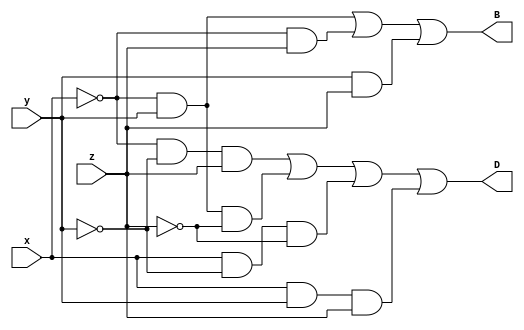
/*
Que-1: A full subtractor has three 1-bit inputs X, Y and Z (previous borrow) and two 1-bit
outputs D (difference) and B (borrow). The logic equations for D and B are as
follows:

D= x'.y'.z + x'.y.z' + x.y'.z' + x.y.z

B= x'.y + x'.z + y.z

Write the full Verilog description for the full subtractor module, including I/O ports
(remember that + in logic equations corresponds to a logical or operator (||) in
dataflow). Instantiate the subtractor inside a stimulus block and test all eight
possible combinations of X, y and Z given in the followingtruthtable.

 x | y | z | D | B
---|---|---|---|---
 0 | 0 | 0 | 0 | 0
 0 | 0 | 1 | 1 | 1
 0 | 1 | 0 | 1 | 1
 0 | 1 | 1 | 0 | 1
 1 | 0 | 0 | 1 | 0
 1 | 0 | 1 | 0 | 0
 1 | 1 | 0 | 0 | 0
 1 | 1 | 1 | 1 | 1

*/

module Que_1(x,y,z,D,B);

input x,y,z;

output D,B;

assign D=(((~x)&(~y)&(z))||((~x)&(y)&(~z))||((x)&(~y)&(~z))||((x)&(y)&(z)));

assign B=(((~x)&(y))||((~x)&(z))||((y)&(z)));

endmodule